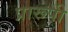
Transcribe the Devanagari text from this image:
प्रारूपी